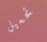
تحميل